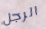
الرجل